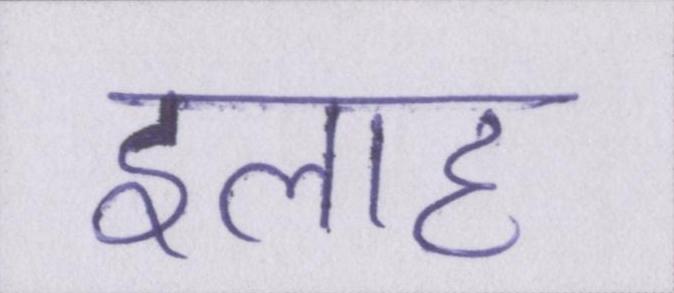
इलाह